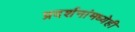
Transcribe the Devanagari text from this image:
प्रदर्शनांमध्येही